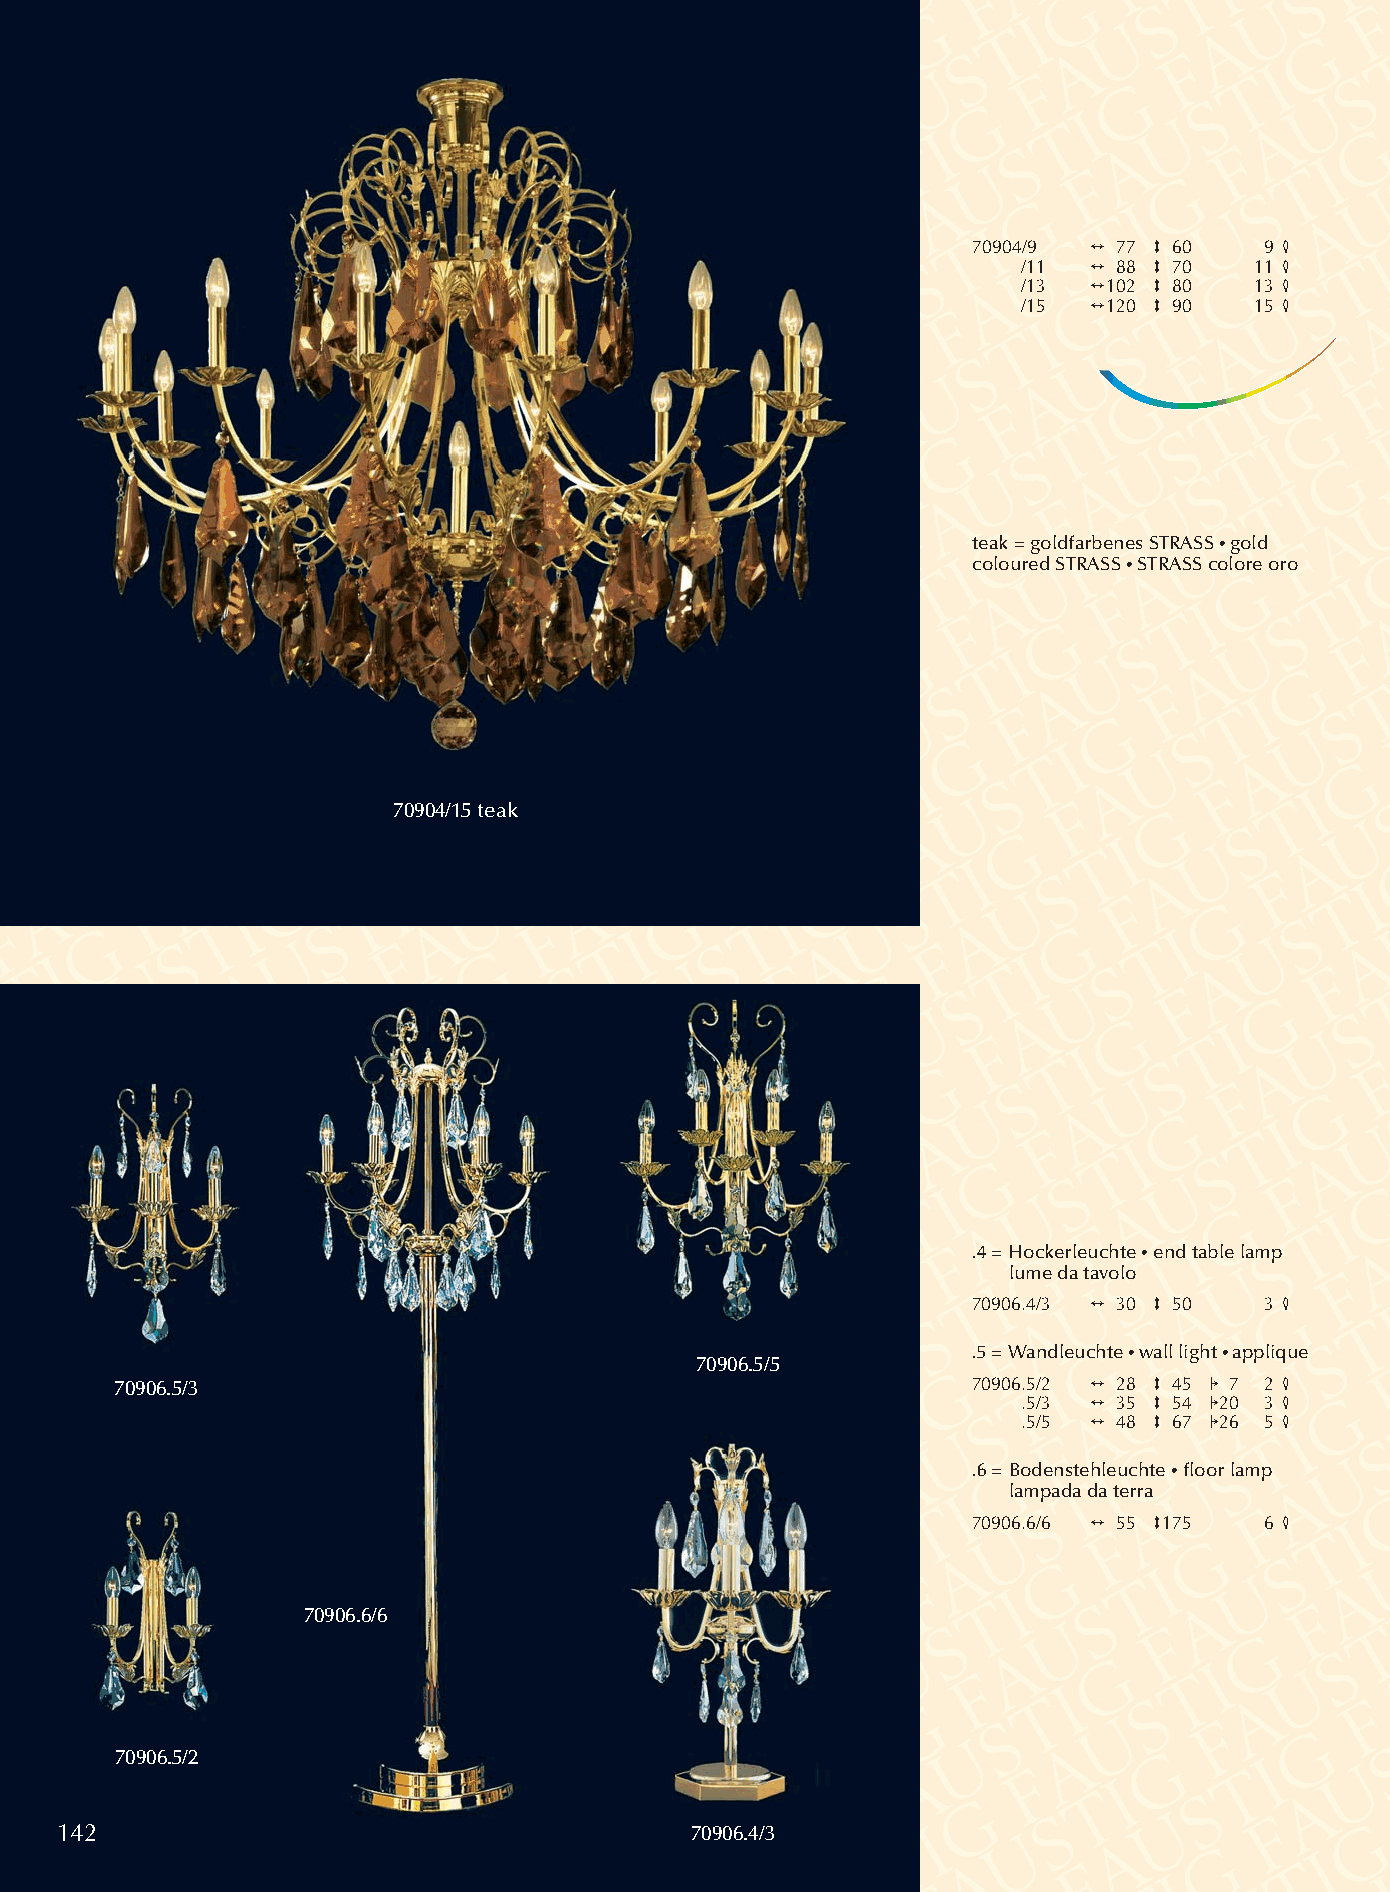
Bogen 9 S.129-144 19.02.2003 13:54 Uhr Seite 142
 70904/9 2 77 3 60  9 4
 /11  2 88 3 70  11 4
 /13  2102 3 80  13 4
 /15  2120 3 90  15 4
 teak = goldfarbenes STRASS • gold
 coloured STRASS • STRASS colore oro
 70904/15 teak
 .4 = Hockerleuchte •end table lamp
 lume da tavolo
 70906.4/3 2 30 3 50 3 4
 .5 = Wandleuchte •wall light •applique
 70906.5/5
 70906.5/3                                                70906.5/2 2 28 3 45 1 7 2 4
 .5/3 2 35 3 54 120 3 4
 .5/5 2 48 3 67 126 5 4
 .6 = Bodenstehleuchte •floor lamp
 lampada da terra
 70906.6/6 2 55 3175 6 4
 70906.6/6
 70906.5/2
 142                                       70906.4/3